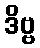
ဒိဗ္ဗ